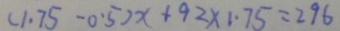
( 1 . 7 5 - 0 . 5 ) x + 9 2 \times 1 . 7 5 = 2 9 6